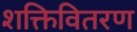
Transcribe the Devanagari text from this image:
शक्तिवितरण